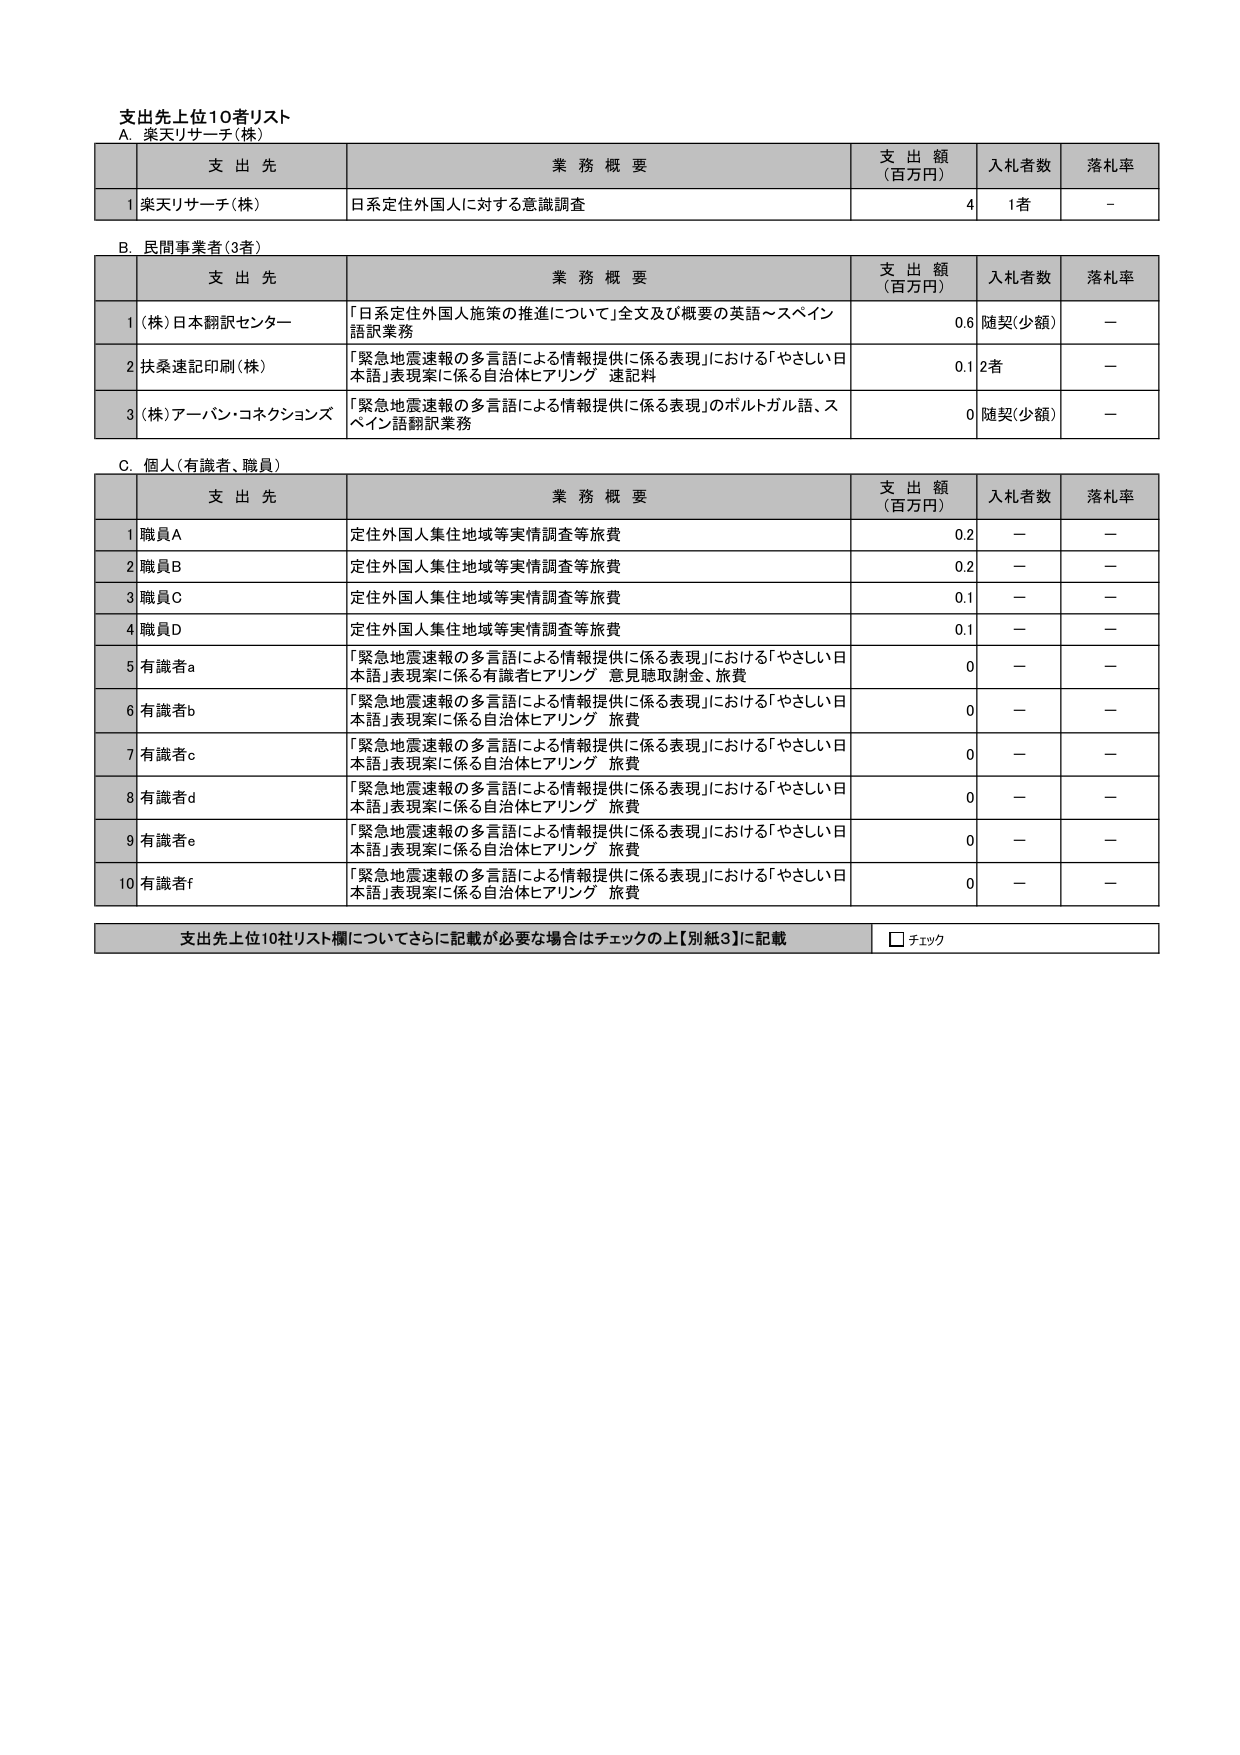
支出先上位10者リスト
A. 楽天リサーチ(株)

支 出 先 業 務 概 要 支 出 額 (百万円) 入札者数 落札率
1 楽天リサーチ(株) 日系定住外国人に対する意識調査 4 1者 -

B. 民間事業者(3者)

支 出 先 業 務 概 要 支 出 額 (百万円) 入札者数 落札率
1 (株)日本翻訳センター 「日系定住外国人施策の推進について」全文及び概要の英語～スペイン語訳業務 0.6 随契(少額) -
2 扶桑速記印刷(株) 「緊急地震速報の多言語による情報提供に係る表現」における「やさしい日本語」表現案に係る自治体ヒアリング 速記料 0.1 2者 -
3 (株)アーバン・コネクションズ 「緊急地震速報の多言語による情報提供に係る表現」のポルトガル語、スペイン語翻訳業務 0 随契(少額) -

C. 個人(有識者、職員)

支 出 先 業 務 概 要 支 出 額 (百万円) 入札者数 落札率
1 職員A 定住外国人集住地域等実情調査等旅費 0.2 - -
2 職員B 定住外国人集住地域等実情調査等旅費 0.2 - -
3 職員C 定住外国人集住地域等実情調査等旅費 0.1 - -
4 職員D 定住外国人集住地域等実情調査等旅費 0.1 - -
5 有識者a 「緊急地震速報の多言語による情報提供に係る表現」における「やさしい日本語」表現案に係る有識者ヒアリング 意見聴取謝金、旅費 0 - -
6 有識者b 「緊急地震速報の多言語による情報提供に係る表現」における「やさしい日本語」表現案に係る自治体ヒアリング 旅費 0 - -
7 有識者c 「緊急地震速報の多言語による情報提供に係る表現」における「やさしい日本語」表現案に係る自治体ヒアリング 旅費 0 - -
8 有識者d 「緊急地震速報の多言語による情報提供に係る表現」における「やさしい日本語」表現案に係る自治体ヒアリング 旅費 0 - -
9 有識者e 「緊急地震速報の多言語による情報提供に係る表現」における「やさしい日本語」表現案に係る自治体ヒアリング 旅費 0 - -
10 有識者f 「緊急地震速報の多言語による情報提供に係る表現」における「やさしい日本語」表現案に係る自治体ヒアリング 旅費 0 - -

支出先上位10社リスト欄についてさらに記載が必要な場合はチェックの上【別紙3】に記載 □ チェック